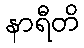
နာရီတိ